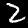
Label: 2